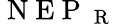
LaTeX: \mathrm{~N~E~P~}_{\mathrm{~R~}}